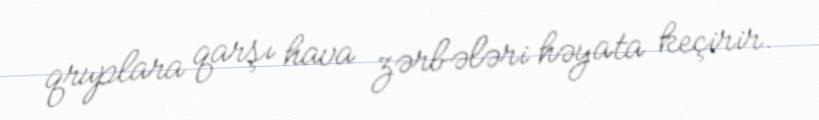
qruplara qarşı hava zərbələri həyata keçirir.